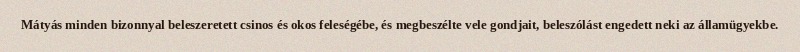
Mátyás minden bizonnyal beleszeretett csinos és okos feleségébe, és megbeszélte vele gondjait, beleszólást engedett neki az államügyekbe.